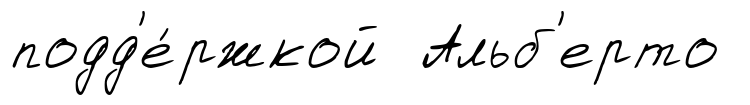
подд'е́ржкой Альб'ерто